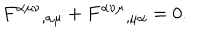
F ^ { \alpha \mu \nu } { } _ { , \alpha \mu } + F ^ { \alpha \nu \mu } { } _ { , \mu \alpha } = 0 .